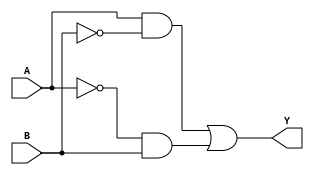
module xor_gate(input A, input B, output Y);

  wire not_A, not_B, A_and_not_B, not_A_and_B;

  // XOR operation using transmission gates
  assign not_A = ~A;
  assign not_B = ~B;
  assign A_and_not_B = A & not_B;
  assign not_A_and_B = not_A & B;

  assign Y = A_and_not_B | not_A_and_B;

endmodule